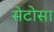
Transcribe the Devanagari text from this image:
सेटोसा